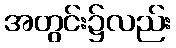
အတွင်း၌လည်း